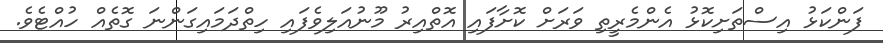
ފަންކަޅު އިސްތަށިކޮޅު އެންމެރީތި ވަރަށް ކޮށާފައި އޮތްއިރު މޫނުއަލިވެފައި ހިތްދަމައިގަންނަ ގޮތެއް ހުއްޓެވެ.